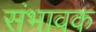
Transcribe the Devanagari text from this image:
संभावक